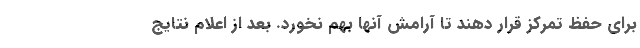
برای حفظ تمرکز قرار دهند تا آرامش آنها بهم نخورد. بعد از اعلام نتایج